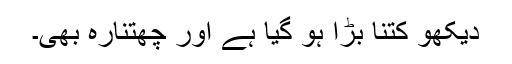
دیکھو کتنا بڑا ہو گیا ہے اور چھتنارہ بھی۔